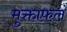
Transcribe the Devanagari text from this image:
मुक्ताफलं